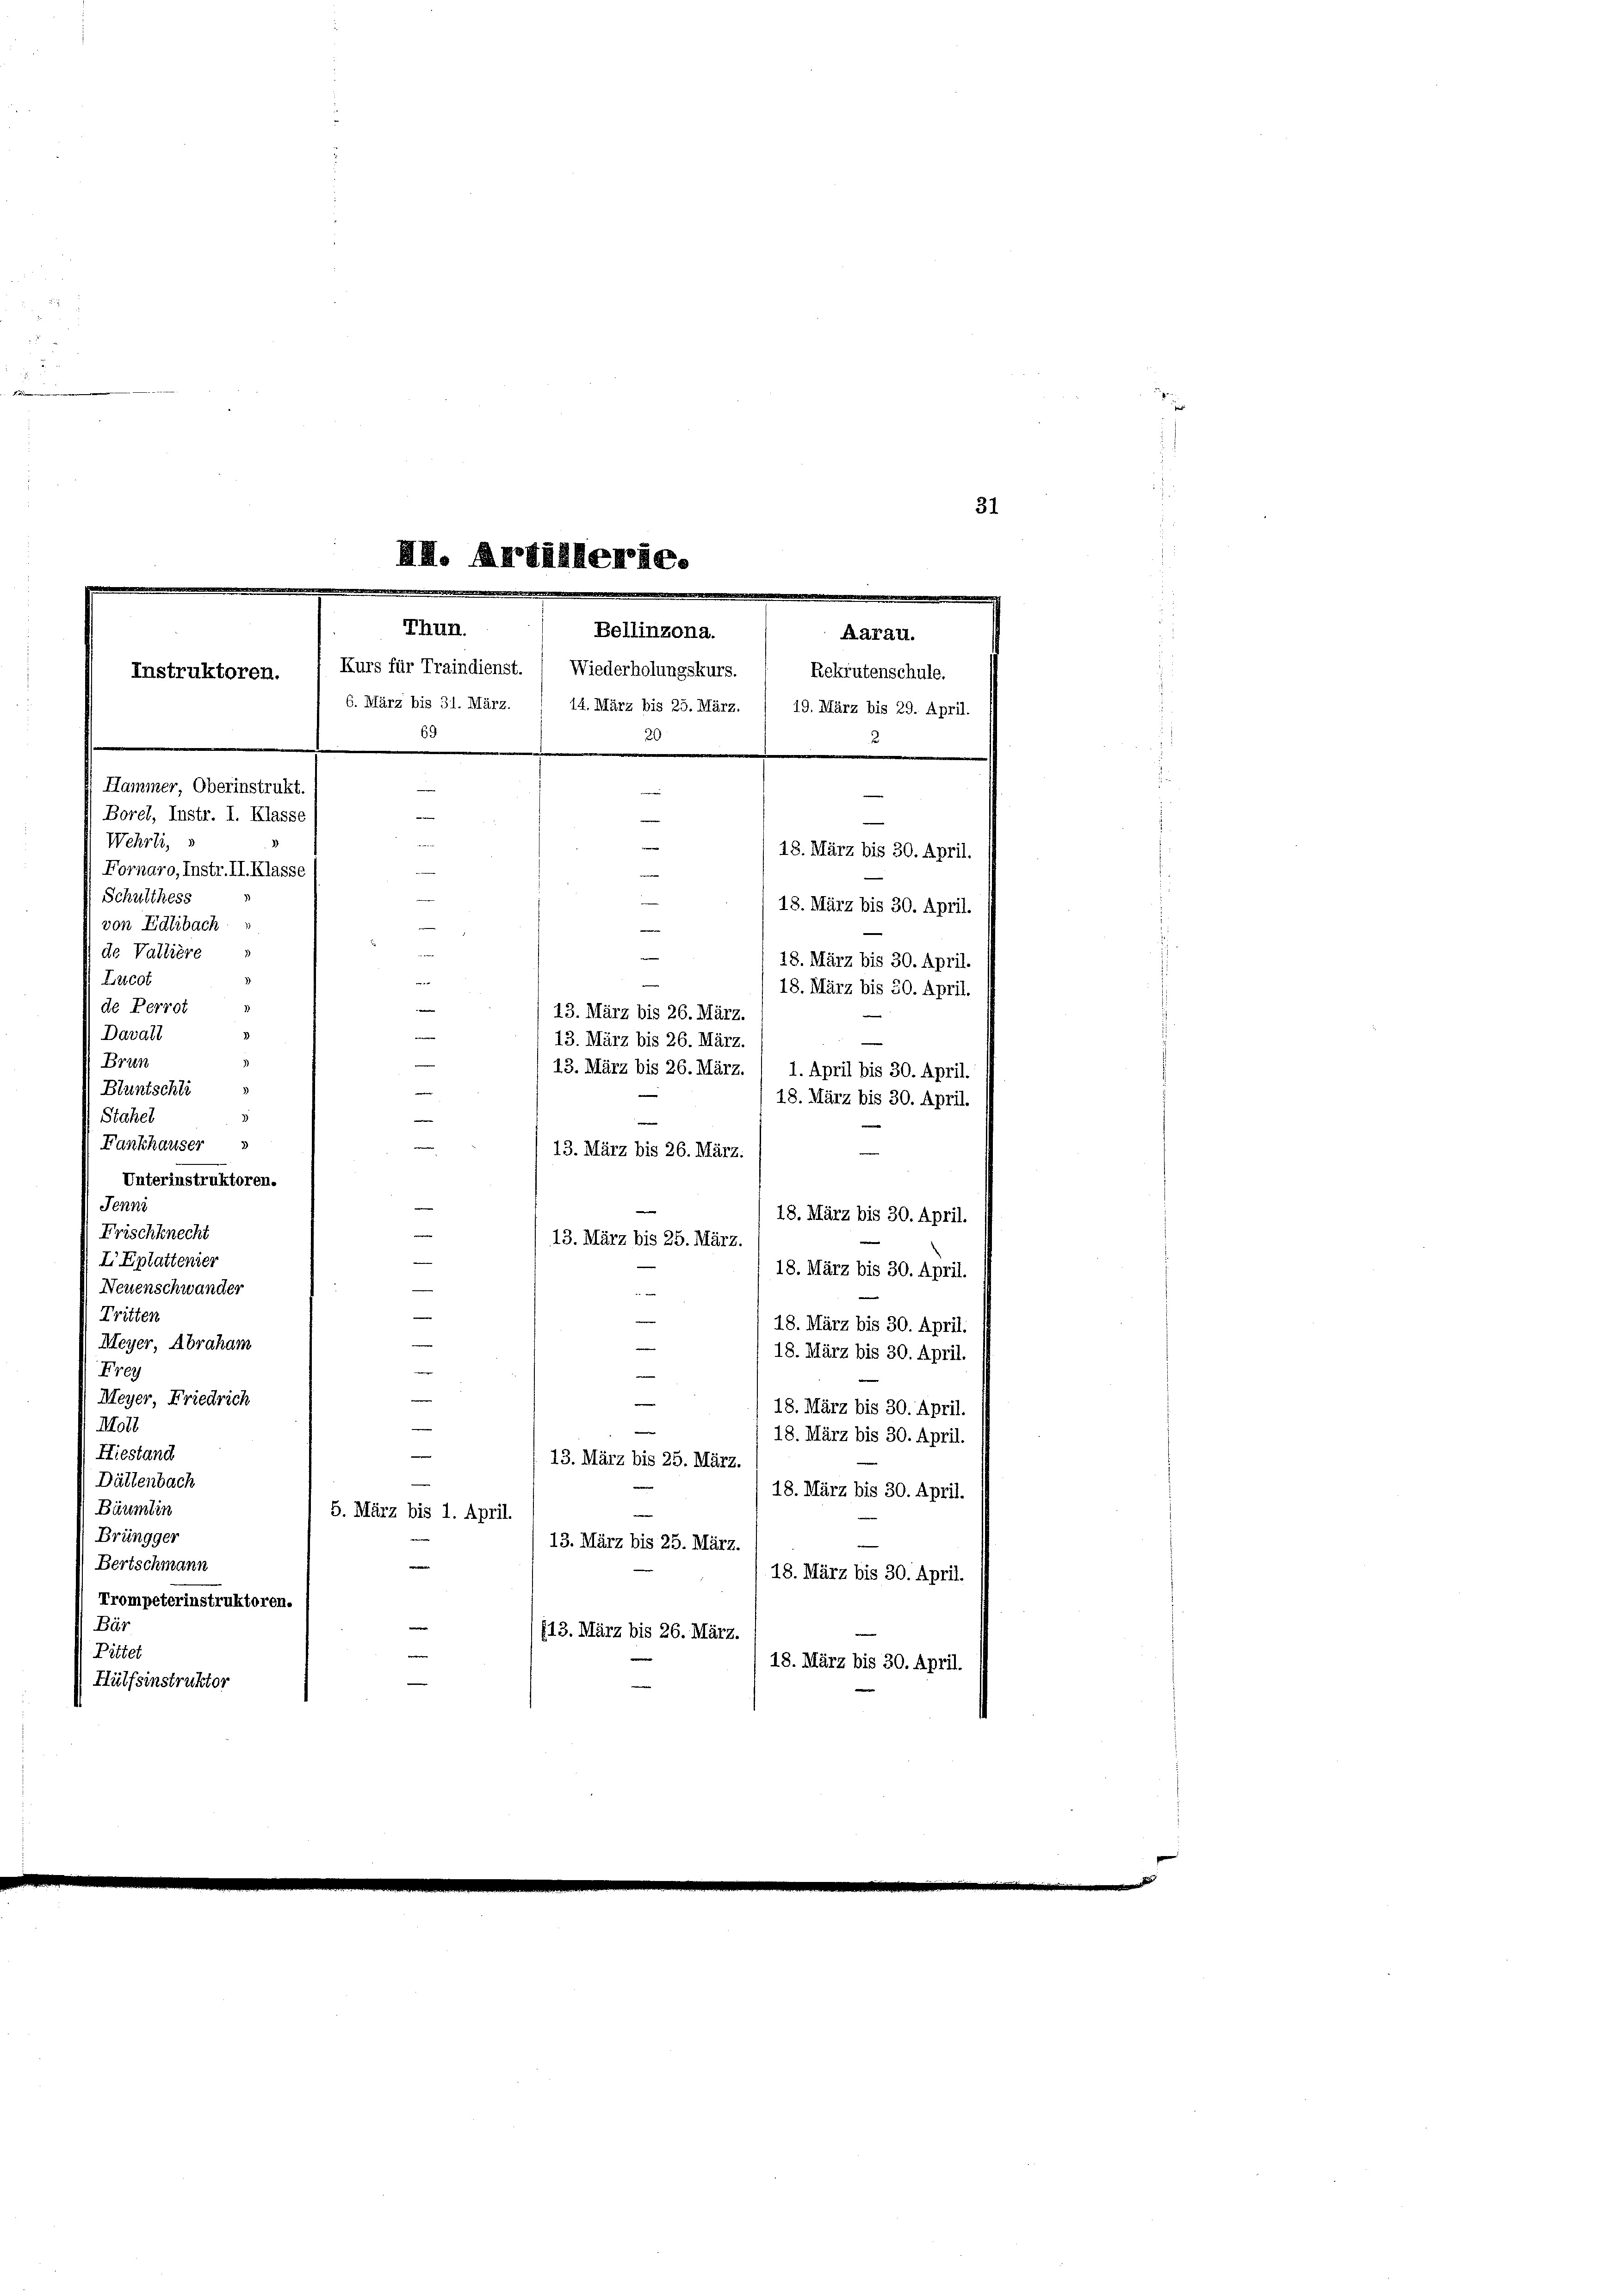
31

Stahel
Fankhauser s
13. März bis 26. März.
Unterinstruktoren.
Jenni
18. März bis 30. April.
Frischknecht
13. März bis 25. März.
X Eplattenier
18. März bis 30. April.
Neuenschwander

Tritten
—
18. März bis 30. April.
Meyer, Abraham
—
18. März bis 30. April.
Frey
e
—
e
Meyer, Friedrich

18. März bis 30. April.
Moll
—
18. März bis 30. April.
Hiestand
13. März bis 25. März.
Dättenbach
18. März bis 30. April.
Bärmtin
5. März bis 1. April.
r
Brüngger
13. März bis 23. Mart. 18. März bis 30. April.
Bertschmann
Trompeterinstruktoren.
Bär
(13. März bis 26. März.
Pittel
18. März bis 30. April.
Hülfsinstruktor

AH. Artillerie.
Thun.
Bellinzona.
Aarau.
Instruktoren. ( Kurs für Traindienst. ( Wiederholungskurs.  Rekrutenschule.
69
20
2
Hammer, Oberinstrukt.
e
Borel, Instr. I. Klasse
e
Wehrli, s
e
18. März bis 30. April.
Fornaro, Instr. II. Klasse
Schulthess
18. März bis 30. April.
von Edlibach
n
de Vattière
e
18. März bis 30. April.
Lucot
¬
18. März bis 20. April.

de Perrot
13. März bis 26. März.
Davall
e
13. März bis 26. März.
Brun
13. März bis 26. März. ( 1. April bis 30. April.
Bluntschli

18. März bis 30. April.
—

6. März bis 31. März. / 14. März bis 25. März. / 19. März bis 29. April.